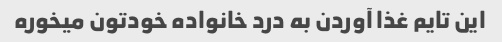
این تایم غذا آوردن به درد خانواده خودتون میخوره